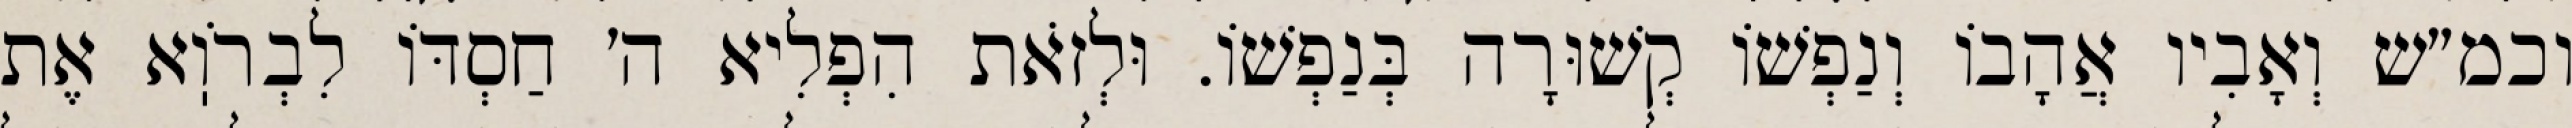
וכמ״ש וְאָבִיו אֲהָבוֹ וְנַפְשׁוֹ קְשׁוּרָה בְּנַפְשׁוֹ. וּלְזֹאת הִפְלִיא ה׳ חַסְדּוֹ לִבְרֹוֽא אֶת